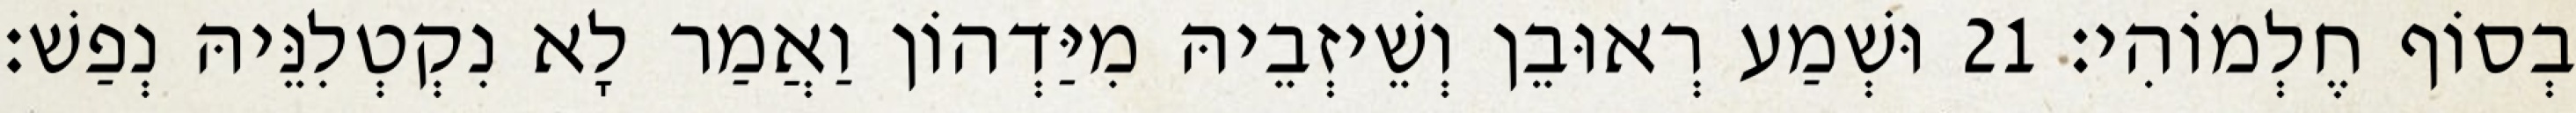
בְסוֹף חֶלְמוֹהִי׃ 21 וּשְׁמַע רְאוּבֵן וְשֵׁיזְבֵיהּ מִיַּדְהוֹן וַאֲמַר לָא נִקְטְלִנֵּיהּ נְפַשׁ׃